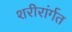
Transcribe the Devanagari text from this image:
शरीरांर्गत